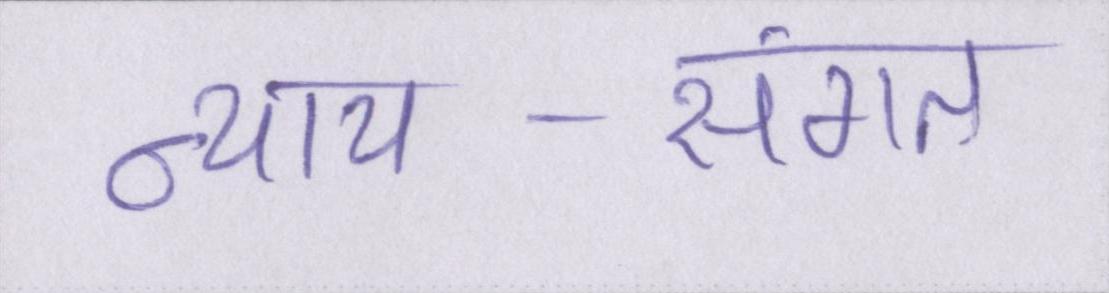
न्याय-संगत